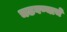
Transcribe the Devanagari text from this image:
चढवण्याचे